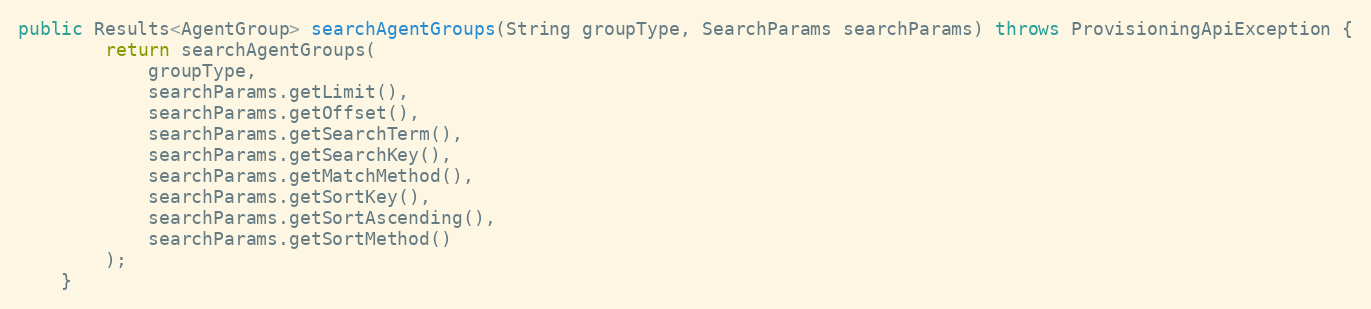
Language: Java
public Results<AgentGroup> searchAgentGroups(String groupType, SearchParams searchParams) throws ProvisioningApiException {
		return searchAgentGroups(
			groupType,
			searchParams.getLimit(),
			searchParams.getOffset(),
			searchParams.getSearchTerm(),
			searchParams.getSearchKey(),
			searchParams.getMatchMethod(),
			searchParams.getSortKey(),
			searchParams.getSortAscending(),
			searchParams.getSortMethod()
		);
	}